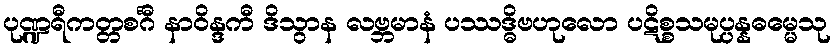
ပုဏ္ဍရီကတ္တစင်္ဂီ နာဝိန္ဒကီ ဒိသွာန လဗ္ဘမာနံ ပဿဒ္ဓိဗဟုလော ပဋိစ္စသမုပ္ပန္နဓမ္မေသု